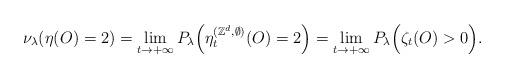
LaTeX: \begin{align*}\nu_\lambda(\eta(O)=2)=\lim_{t\rightarrow+\infty}P_\lambda\Big(\eta_t^{(\mathbb{Z}^d,\emptyset)}(O)=2\Big)=\lim_{t\rightarrow+\infty}P_\lambda\Big(\zeta_t(O)>0\Big).\end{align*}